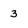
Character: 3